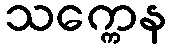
သက္ကေန